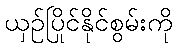
ယှဉ်ပြိုင်နိုင်စွမ်းကို